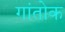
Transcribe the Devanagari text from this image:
गांतोक